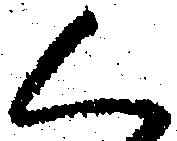
く